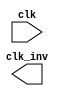
// This program was cloned from: https://github.com/chipsalliance/aib-phy-hardware
// License: Apache License 2.0

// SPDX-License-Identifier: Apache-2.0
// Copyright (C) 2019 Intel Corporation. 
//-----------------------------------------------------------------------------
//  Clock inverter macro
//-----------------------------------------------------------------------------

module altr_hps_ckinv (
  clk,
  clk_inv
);

// -------------------
// Port declarations
// -------------------

input clk;
output clk_inv;

// -----
// RTL
// -----

`ifdef ALTR_HPS_INTEL_MACROS_OFF
assign clk_inv = !clk;

`else



`endif

endmodule